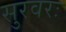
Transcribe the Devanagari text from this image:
सुरवरः